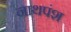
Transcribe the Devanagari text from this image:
नाथपंश